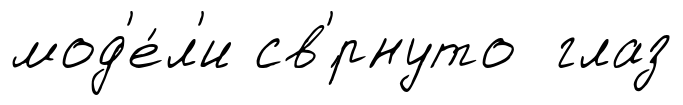
мод'е́л'и св'́рнуто глаз